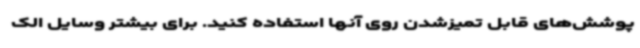
پوشش‌های قابل تمیزشدن روی آنها استفاده کنید. برای بیشتر وسایل الک